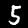
Digit: 5